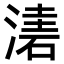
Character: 𣼤